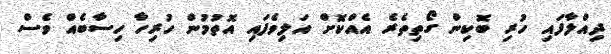
ދިއްލާފައި ހުރި ބޮކިން ގޯތިތެރެ އެއްކޮށް އަލިވެފައި އޮތުމުން ހުރިހާ ހިސާބެއް ވެސް